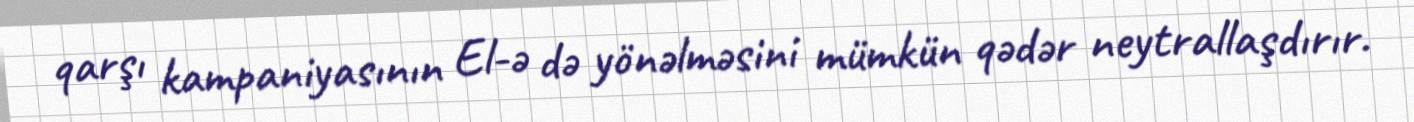
qarşı kampaniyasının El-ə də yönəlməsini mümkün qədər neytrallaşdırır.